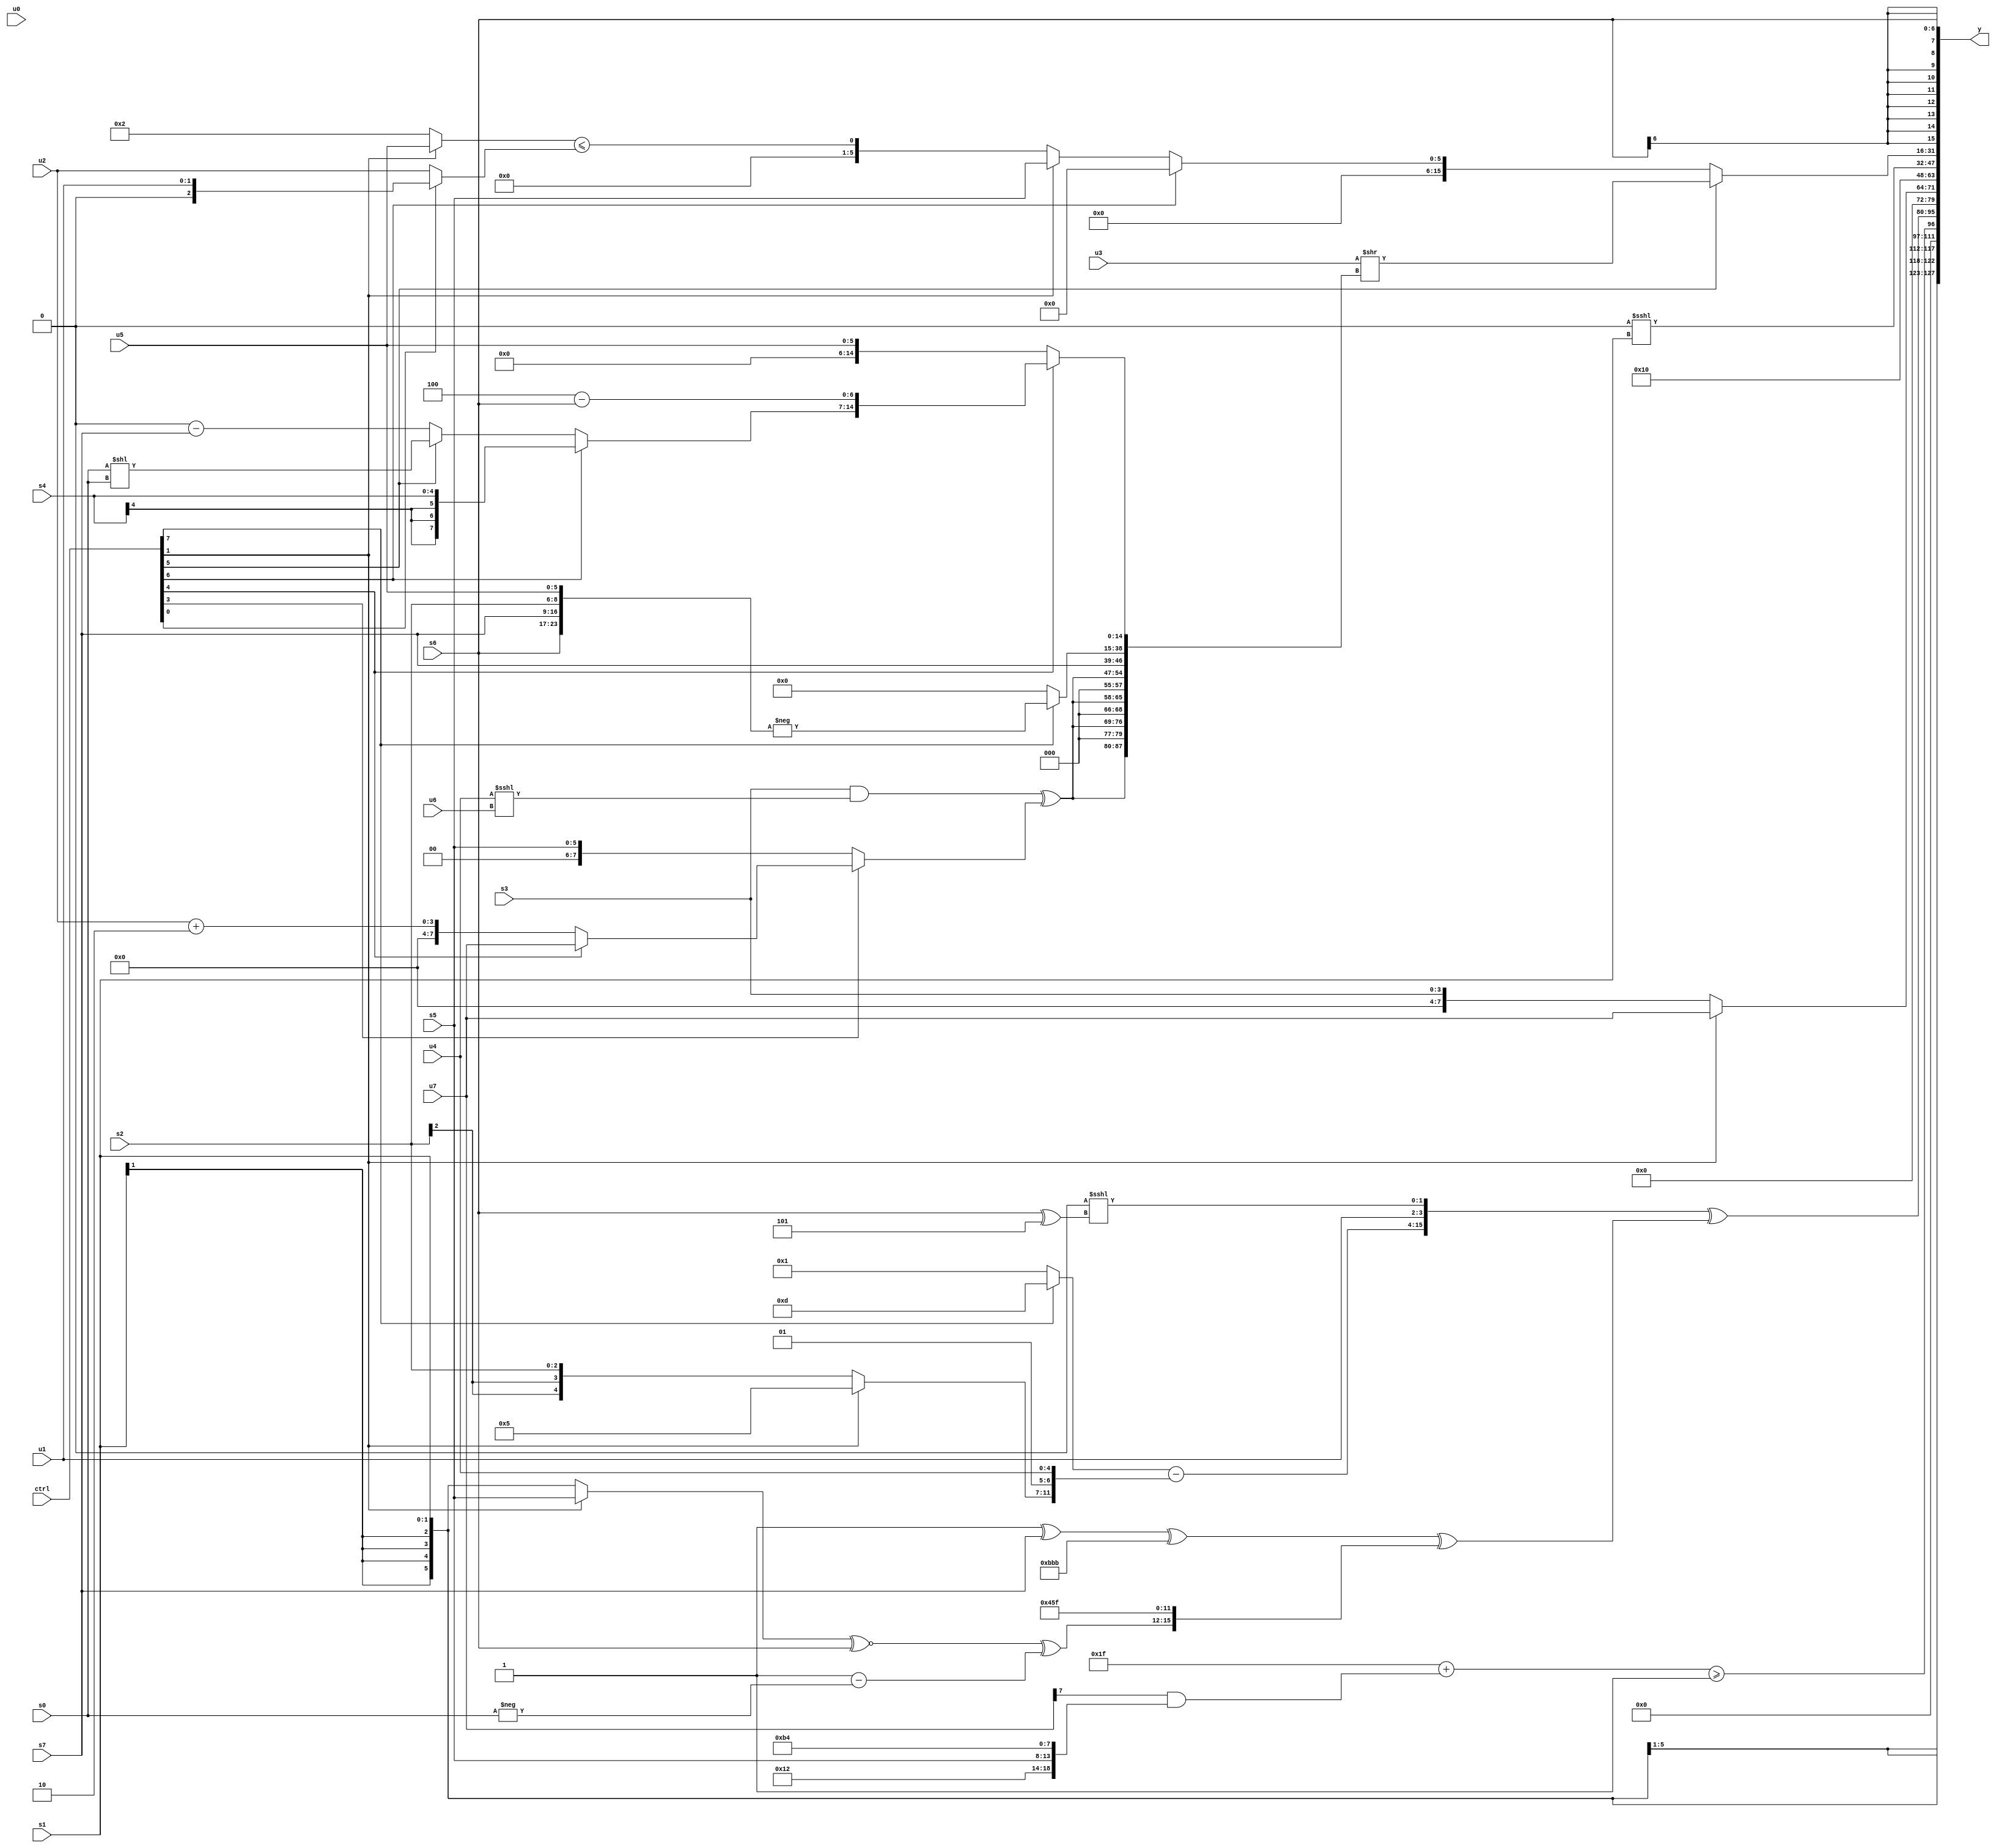
module wideexpr_00594(ctrl, u0, u1, u2, u3, u4, u5, u6, u7, s0, s1, s2, s3, s4, s5, s6, s7, y);
  input [7:0] ctrl;
  input [0:0] u0;
  input [1:0] u1;
  input [2:0] u2;
  input [3:0] u3;
  input [4:0] u4;
  input [5:0] u5;
  input [6:0] u6;
  input [7:0] u7;
  input signed [0:0] s0;
  input signed [1:0] s1;
  input signed [2:0] s2;
  input signed [3:0] s3;
  input signed [4:0] s4;
  input signed [5:0] s5;
  input signed [6:0] s6;
  input signed [7:0] s7;
  output [127:0] y;
  wire [15:0] y0;
  wire [15:0] y1;
  wire [15:0] y2;
  wire [15:0] y3;
  wire [15:0] y4;
  wire [15:0] y5;
  wire [15:0] y6;
  wire [15:0] y7;
  assign y = {y0,y1,y2,y3,y4,y5,y6,y7};
  assign y0 = s1;
  assign y1 = ($signed($signed(+((6'b011111)+(((u7)>>>(5'sb00111))&({5'sb10010,s5,5'sb10110,3'b100}))))))>=(1'sb1);
  assign y2 = +(({(+($signed((ctrl[7]?4'sb1101:4'sb0001))))-({+({2{1'sb1}}),(ctrl[1]?6'sb000101:s2),-(2'sb11),u4}),u1,+(+((2'sb00)<<<((s6)^(4'b0101))))})^((((~^((6'sb011111)<<<(6'sb111010)))^($signed(s7)))^({3{{1{4'b1011}}}}))^({+(((s4)>>>(6'sb111111))^((4'sb1110)|(s3))),(((ctrl[1]?s5:s1))^~($signed(s6)))^((1'sb1)-(-(s0))),(6'b011010)-({3{+(4'sb1011)}})})));
  assign y3 = (ctrl[1]?u7:s3);
  assign y4 = $unsigned($signed($signed(6'sb010000)));
  assign y5 = ({1{3'sb000}})<<<(s1);
  assign y6 = (ctrl[5]?(u3)>>({{4{({({3{2'sb10}})>>>((1'sb0)+(4'sb1111)),({s3})&((u4)<<<(u6))})^((ctrl[3]?(ctrl[4]?u7:(u2)+(2'sb10)):s5))}},$signed($signed($signed($signed((s7)<<(1'sb0))))),$signed((ctrl[7]?$signed(-({s6,s7,s2,u5})):3'b000)),(ctrl[4]?{(ctrl[6]?s4:(ctrl[5]?(s0)<<(s0):(1'sb0)-(s7))),+(($signed(4'sb1100))-(+(s6)))}:u5)}):(ctrl[5]?$unsigned(((ctrl[4]?((ctrl[6]?$signed(s3):(2'sb11)>>>(2'sb01)))&(&((s1)&(5'sb00101))):~^(+({s6,s6}))))&(u1)):(ctrl[6]?(3'b010)<<((5'sb10111)|(1'sb0)):(ctrl[1]?+((ctrl[1]?s5:$signed((1'sb1)+(s2)))):$unsigned($signed(((ctrl[1]?u5:3'b010))<=((ctrl[0]?u1:u2))))))));
  assign y7 = +(s6);
endmodule